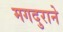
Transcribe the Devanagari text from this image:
मगदुराने